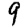
Digit: 9